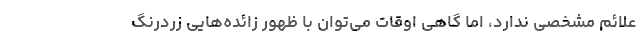
علائم مشخصی ندارد، اما گاهی اوقات می‌توان با ظهور زائده‌هایی زردرنگ